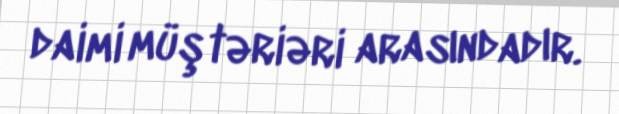
daimi müştəriəri arasındadır.